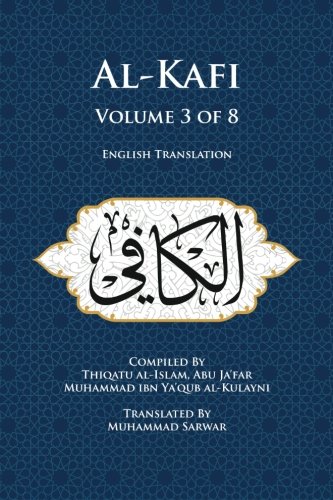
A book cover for Al-Kafi, Volume 3 of 8: English Translation; Thiqatu al-Islam, Abu Ja'far Muhammad ibn Ya'qub al-Kulayni; Religion & Spirituality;